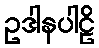
ဥဒါနပါဠိ